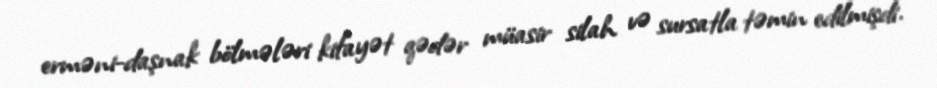
erməni-daşnak bölmələri kifayət qədər müasir silah və sursatla təmin edilmişdi.